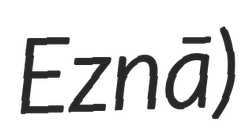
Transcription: Eznā)